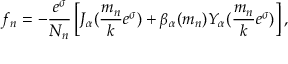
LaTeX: f _ { n } = - \frac { e ^ { \sigma } } { N _ { n } } \left[ J _ { \alpha } ( \frac { m _ { n } } { k } e ^ { \sigma } ) + \beta _ { \alpha } ( m _ { n } ) Y _ { \alpha } ( \frac { m _ { n } } { k } e ^ { \sigma } ) \right] ,